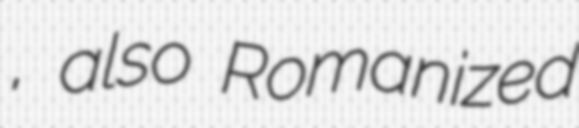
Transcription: نمروري, also Romanized